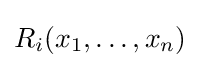
R_{i}(x_{1},\ldots ,x_{n})